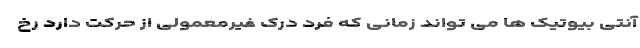
آنتی بیوتیک ها می تواند زمانی که فرد درک غیرمعمولی از حرکت دارد رخ